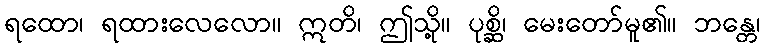
ရထော၊ ရထားလေလော။ ဣတိ၊ ဤသို့။ ပုစ္ဆိ၊ မေးတော်မူ၏။ ဘန္တေ၊